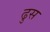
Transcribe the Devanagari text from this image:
ढुस